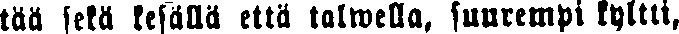
tää sekä kesällä että talwella, suurempi kyltti,